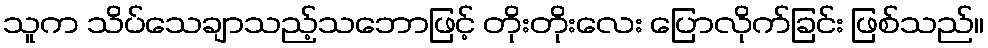
သူက သိပ်သေချာသည့်သဘောဖြင့် တိုးတိုးလေး ပြောလိုက်ခြင်း ဖြစ်သည်။